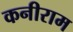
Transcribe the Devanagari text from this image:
कनीराम